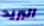
البريد